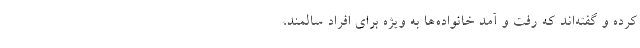
کرده‌ و گفته‌اند که رفت و آمد خانواده‌ها به ویژه برای افراد سالمند،